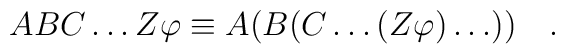
ABC\ldots Z\varphi \equiv A(B(C\ldots (Z\varphi )\ldots ))\quad .